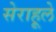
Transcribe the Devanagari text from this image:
सेराहूले